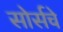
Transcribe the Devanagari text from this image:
सोर्सचे